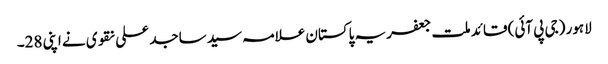
لاہور (جی پی آئی) قائد ملت جعفریہ پاکستان علامہ سید ساجد علی نقوی نے اپنی 28۔